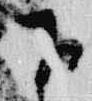
下